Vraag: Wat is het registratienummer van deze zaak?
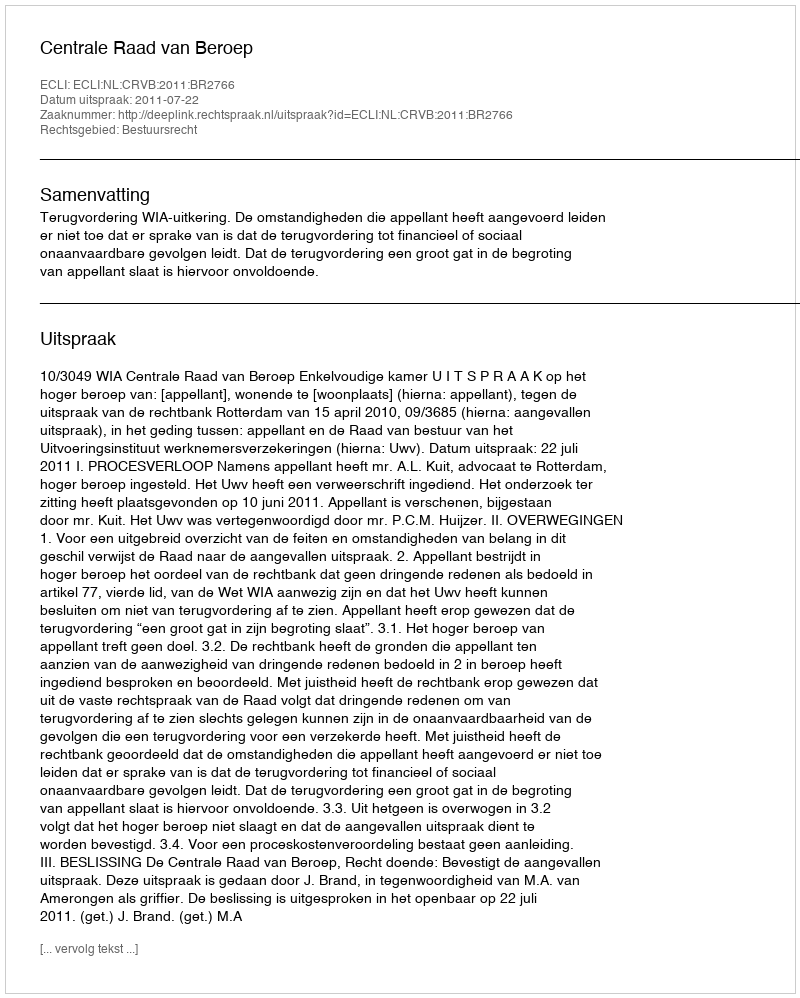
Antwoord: http://deeplink.rechtspraak.nl/uitspraak?id=ECLI:NL:CRVB:2011:BR2766